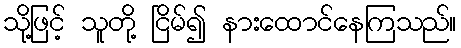
သို့ဖြင့် သူတို့ ငြိမ်၍ နားထောင်နေကြသည်။